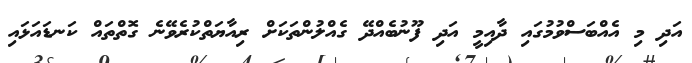
އަދި މި އެއްބަސްވުމުގައި ދާއިމީ އަދި ފޫނުބެއްދޭ ގެއްލުންތަކަށް ރިއާޔަތްކުރެވޭނެ ގޮތްތައް ކަނޑައަޅައި